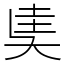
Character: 奊